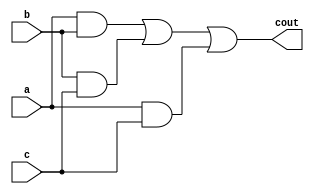
module fa_cout (cout, a, b, c);
	output cout;
	input a, b, c;
	wire ab, bc, ac;

	and ab_gate (ab, a, b);
	and bc_gate (bc, b, c);
	and ac_gate (ac, a, c);
	or cout_gate (cout, ab, bc, ac);
endmodule